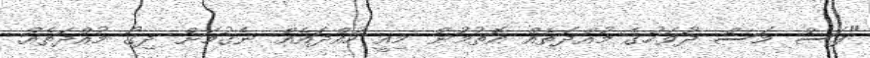
"ފަސް މަސް ދުވަހުގެ މުއްދަތެއް އޮތުމުން މިއީ ހުއްދައެއް ނެގުމަށް ދިގު މުއްދަތެއް.